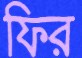
ফির